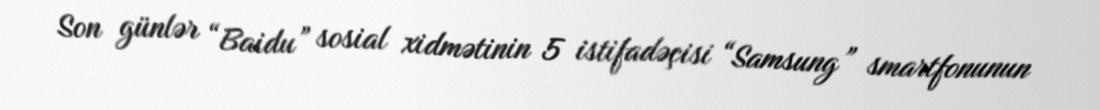
Son günlər “Baidu” sosial xidmətinin 5 istifadəçisi “Samsung” smartfonunun